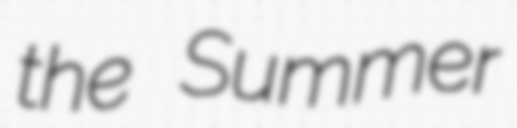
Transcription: the Summer